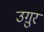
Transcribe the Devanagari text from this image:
उग़ुर